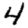
Digit: 4